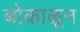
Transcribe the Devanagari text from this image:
बोकाळून